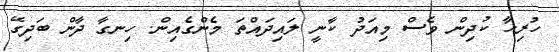
ހުރިހާ ކުދިން ވެސް މިއަދު ކާނީ ލައިދައްތަ މެންގެއިން. ހިނގާ ދާން ބަދިގޭ